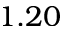
1 . 2 0